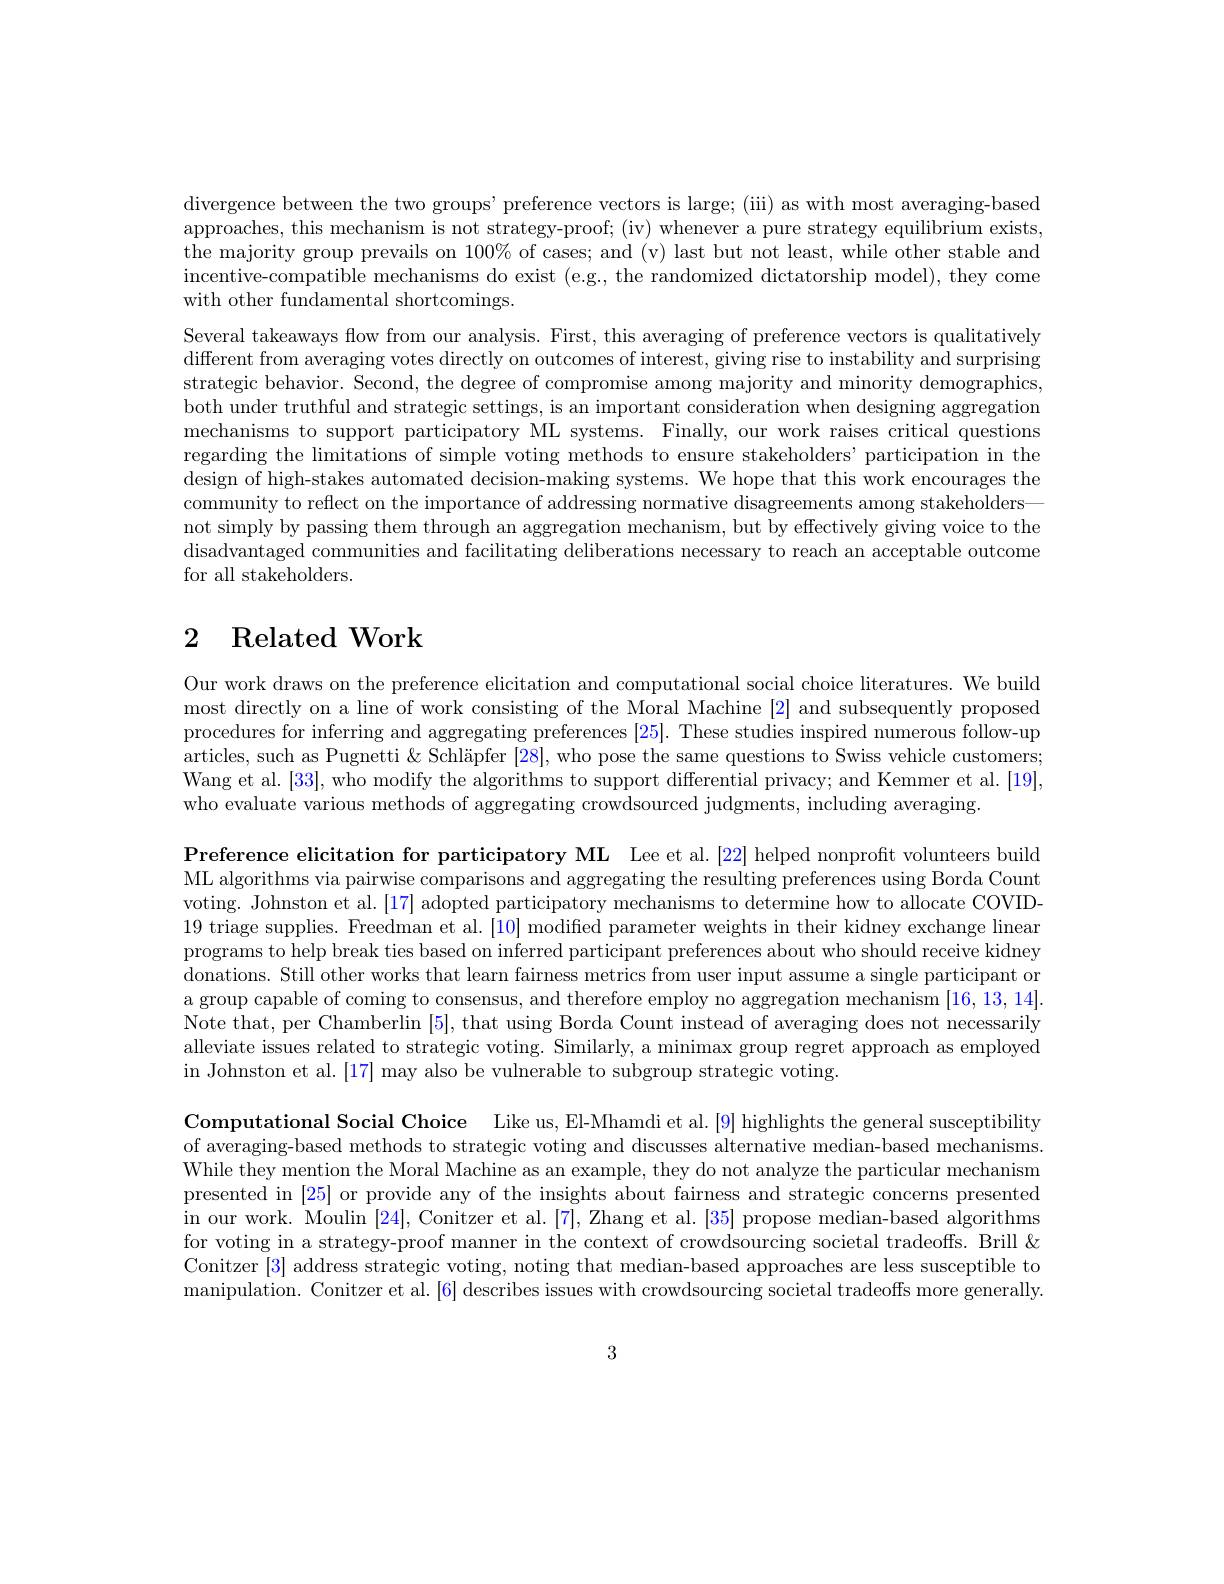
divergence between the two groups' preference vectors is large; (iii) as with most averaging-based approaches, this mechanism is not strategy-proof; (iv) whenever a pure strategy equilibrium exists, the majority group prevails on 100% of cases; and (v) last but not least, while other stable and incentive-compatible mechanisms do exist (e.g., the randomized dictatorship model), they come with other fundamental shortcomings.
Several takeaways flow from our analysis. First, this averaging of preference vectors is qualitatively different from averaging votes directly on outcomes of interest, giving rise to instability and surprising strategic behavior. Second, the degree of compromise among majority and minority demographics, both under truthful and strategic settings, is an important consideration when designing aggregation mechanisms to support participatory ML systems. Finally, our work raises critical questions regarding the limitations of simple voting methods to ensure stakeholders' participation in the design of high-stakes automated decision-making systems. We hope that this work encourages the community to reflect on the importance of addressing normative disagreements among stakeholders— not simply by passing them through an aggregation mechanism, but by effectively giving voice to the disadvantaged communities and facilitating deliberations necessary to reach an acceptable outcome for all stakeholders.

## 2 Related Work

Our work draws on the preference elicitation and computational social choice literatures. We build most directly on a line of work consisting of the Moral Machine [2] and subsequently proposed procedures for inferring and aggregating preferences [25]. These studies inspired numerous follow-up articles, such as Pugnetti & Schläpfer [28], who pose the same questions to Swiss vehicle customers; Wang et al. [33], who modify the algorithms to support differential privacy; and Kemmer et al. [19], who evaluate various methods of aggregating crowdsourced judgments, including averaging.

Preference elicitation for participatory ML Lee et al.[22] helped nonproft volunteers build ML algorithms via pairwise comparisons and aggregating the resulting preferences using Borda Count voting. Johnston et al. [17] adopted participatory mechanisms to determine how to allocate COVID- 19 triage supplies. Freedman et al. [10] modified parameter weights in their kidney exchange linear programs to help break ties based on inferred participant preferences about who should receive kidney donations. Still other works that learn fairness metrics from user input assume a single participant or a group capable of coming to consensus, and therefore employ no aggregation mechanism [16,13,14]. Note that, per Chamberlin [5],that using Borda Count instead of averaging does not necessarily alleviate issues related to strategic voting. Similarly, a minimax group regret approach as employed in Johnston et al. [17] may also be vulnerable to subgroup strategic voting.

Computational Social Choice Like us, El-Mhamdi et al.[9] highlights the general susceptibility of averaging-based methods to strategic voting and discusses alternative median-based mechanisms. While they mention the Moral Machine as an example, they do not analyze the particular mechanism presented in [25] or provide any of the insights about fairness and strategic concerns presented in our work. Moulin [24], Conitzer et al. [7], Zhang et al. [35] propose median-based algorithms for voting in a strategy-proof manner in the context of crowdsourcing societal tradeoffs. Brill & Conitzer [3] address strategic voting, noting that median-based approaches are less susceptible to manipulation. Conitzer et al. [6] describes issues with crowdsourcing societal tradeoffs more generally.

3